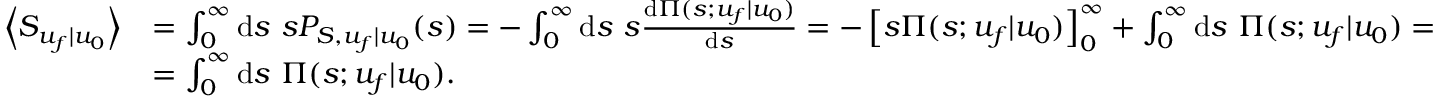
\begin{array} { r l } { \left\langle S _ { u _ { f } | u _ { 0 } } \right\rangle } & { = \int _ { 0 } ^ { \infty } \mathrm { d } s \ s P _ { S , u _ { f } | u _ { 0 } } ( s ) = - \int _ { 0 } ^ { \infty } \mathrm { d } s \ s \frac { \mathrm { d } \Pi ( s ; u _ { f } | u _ { 0 } ) } { \mathrm { d } s } = - \left[ s \Pi ( s ; u _ { f } | u _ { 0 } ) \right] _ { 0 } ^ { \infty } + \int _ { 0 } ^ { \infty } \mathrm { d } s \ \Pi ( s ; u _ { f } | u _ { 0 } ) = } \\ & { = \int _ { 0 } ^ { \infty } \mathrm { d } s \ \Pi ( s ; u _ { f } | u _ { 0 } ) . } \end{array}